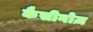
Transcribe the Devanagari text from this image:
कैसीनोज़